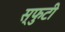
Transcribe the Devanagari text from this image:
स्फुटी